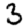
Digit: 3